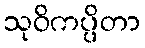
သုဝိကပ္ပိတာ